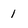
Character: 1